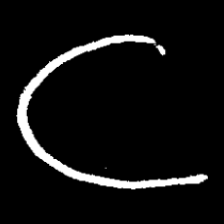
Pyu character \u2014 Myanmar letter: ဋ (romanized: tta)